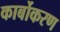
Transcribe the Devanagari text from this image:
कार्बोकरण